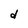
Character: d